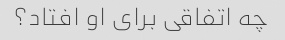
چه اتفاقی برای او افتاد؟